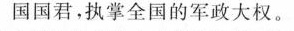
国国君,执掌全国的军政大权。